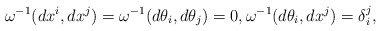
\begin{align*}\omega^{-1}(dx^i,dx^j)=\omega^{-1}(d\theta_i,d\theta_j)=0,\omega^{-1}(d\theta_i,dx^j)=\delta_i^j,\end{align*}